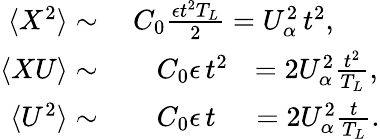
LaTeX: \begin{array}{rl}{\langle X^{2}\rangle\sim}&{\ C_{0}\frac{\epsilon t^{2}T_{L}}{2}=U_{\alpha}^{2}\, t^{2},}\\ {\langle XU\rangle\sim}&{\, \, \, \, \, \ C_{0}\epsilon\, t^{2}\, \, \, \, =2U_{\alpha}^{2}\frac{t^{2}}{T_{L}},}\\ {\langle U^{2}\rangle\sim}&{\, \, \, \, \, \ C_{0}\epsilon\, t\, \, \, \, \, \, \, =2U_{\alpha}^{2}\frac{t}{T_{L}}.}\end{array}